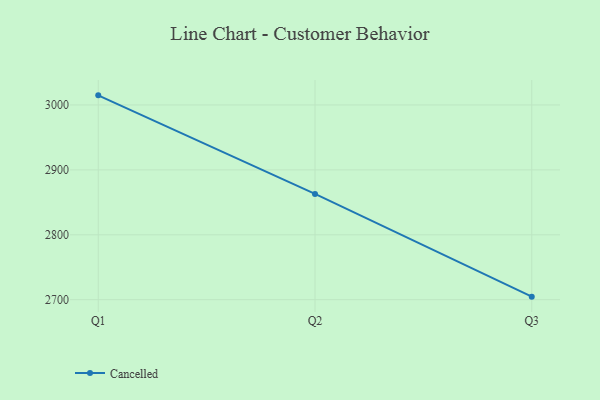
{"axis": {"x": "Quarter", "y": "Budget (USD K)"}, "legend": ["Cancelled"], "data": [{"x": "Q1", "y": 3014.8, "type": "Cancelled"}, {"x": "Q2", "y": 2863.0, "type": "Cancelled"}, {"x": "Q3", "y": 2704.7, "type": "Cancelled"}]}